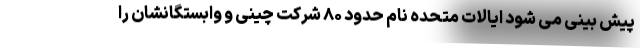
پیش بینی می شود ایالات متحده نام حدود ۸۰ شرکت چینی و وابستگانشان را